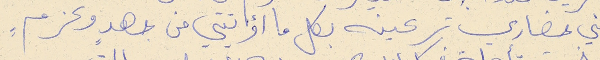
فني حضاري ترعينه بكل ما اؤتيتي من جهدٍ وعزمٍ